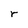
Character: r